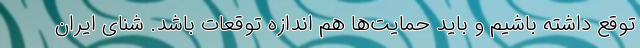
توقع داشته باشیم و باید حمایت‌ها هم اندازه توقعات باشد. شنای ایران